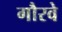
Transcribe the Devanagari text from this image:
गौरवे